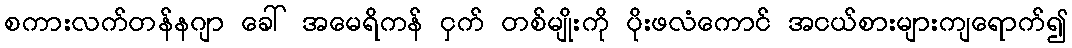
စကားလက်တန်နဂျာ ခေါ် အမေရိကန် ငှက် တစ်မျိုးကို ပိုးဖလံကောင် အငယ်စားများကျရောက်၍